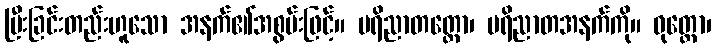
ပြီးခြင်းတည်းဟူသော အနက်၏အစွမ်းဖြင့်။ ပရိညာတတ္ထော၊ ပရိညာတအနက်ကို။ ဝုတ္တော၊